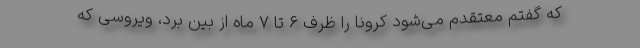
که گفتم معتقدم می‌شود کرونا را ظرف ۶ تا ۷ ماه از بین برد، ویروسی که